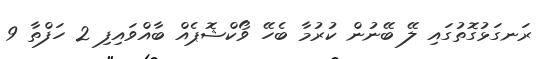
ރަނގަޅުގޮތުގައި ލޭ ބޭނުން ކުރުމާ ބެހޭ ވޯކްޝޮޕެއް ބާއްވައިފި 2 ހަފްތާ 9